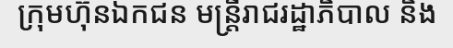
ក្រុមហ៊ុនឯកជន មន្ត្រីរាជរដ្ឋាភិបាល និង